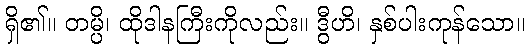
ရှိ၏။ တမ္ပိ၊ ထိုဒါနကြီးကိုလည်း။ ဒွီဟိ၊ နှစ်ပါးကုန်သော။